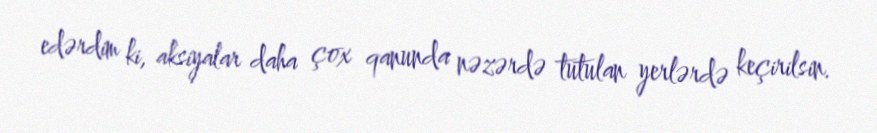
edərdim ki, aksiyalar daha çox qanunda nəzərdə tutulan yerlərdə keçirilsin.